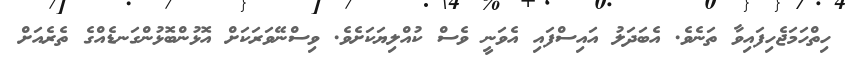
ހިތްހަމަޖެހިފައިވާ ތަނެވެ. އެބަދަލު އައިސްފައި އެވަނީ ވެސް ކުއްލިޔަކަށެވެ. ވިސްނޭވަރަކަށް އޮޅުންބޮޅުންގަނޑެއްގެ ތެރެއަށް